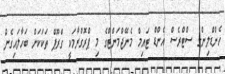
ހެންޑްލިންގ ސްޓްރެސް އެންޑް ޓައިމް މެނޭޖްމަންޓްގެ މި ޕްރޮގްރާމަކީ ގްރޫޕް ތަކަކަށް ބަހާލައިގެން